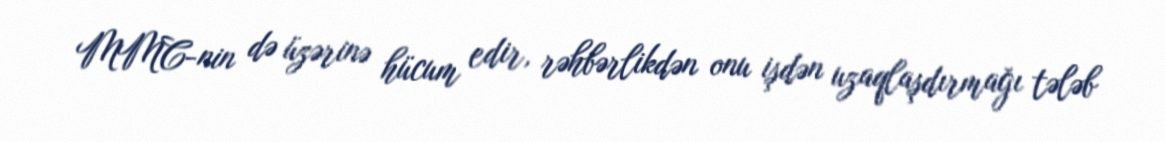
MMC-nin də üzərinə hücum edir, rəhbərlikdən onu işdən uzaqlaşdırmağı tələb